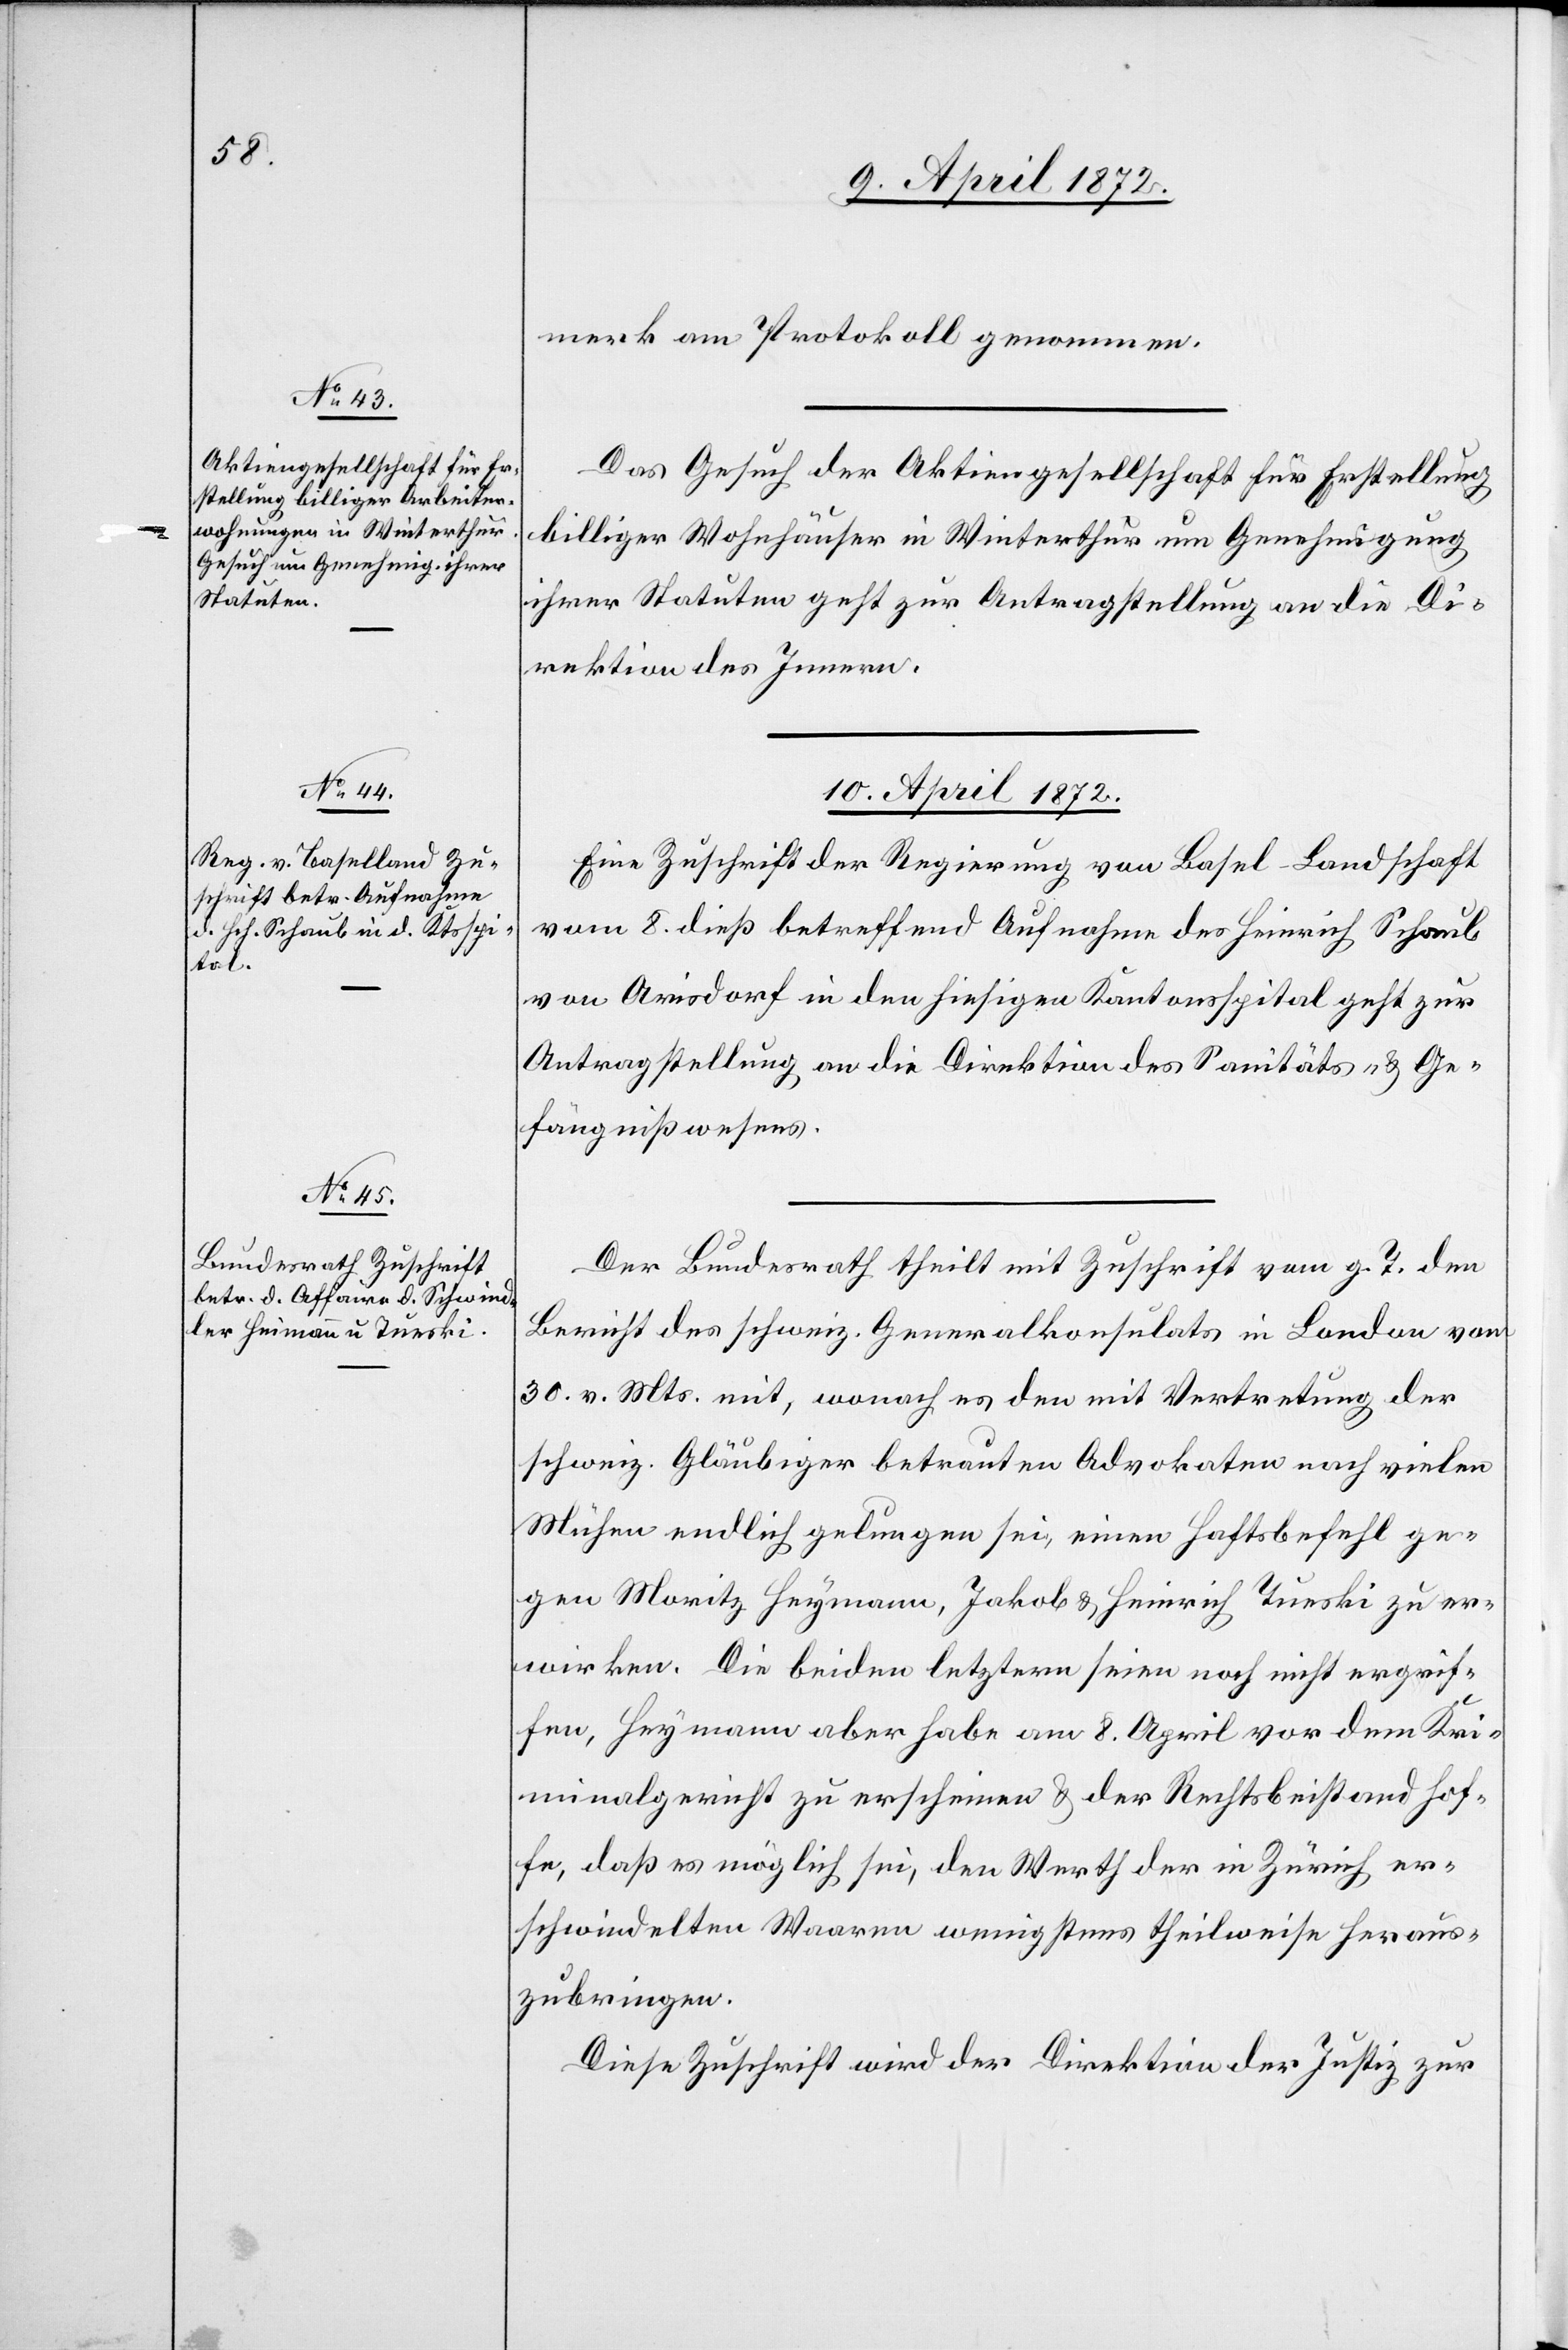
9. April 1872.]
merk am Protokoll genommen.
Das Gesuch der Aktiengesellschaft für Erstellung
billiger Wohnhäuser in Winterthur um Genehmigung
ihrer Statuten geht zur Antragstellung an die Di¬
rektion des Innern.
10. April 1872.]
Eine Zuschrift der Regierung von Basel-Landschaft
vom 8. dieß betreffend Aufnahme des Heinrich Schaub
von Arn’sdorf in den hiesigen Kantonsspital geht zur
Antragstellung an die Direktion des Sanitäts- u. Ge¬
fängnißwesens.
Der Bundesrath theilt mit Zuschrift vom g. T. den
Bericht des schweiz. Generalkonsulats in Landau vom
30. v. Mts. mit, wonach es den mit Vertretung der
schweiz. Gläubiger betrauten Advokaten nach vielen
Mühen endlich gelungen sei, einen Haftsbefehl ge¬
gen Moritz Heymann, Jakob u. Heinrich Tueski zu er¬
wirken. Die beiden letztern seien noch nicht ergrif¬
fen, Heymann aber habe am 8. April vor dem Kri¬
minalgericht zu erscheinen u. der Rechtsbeistand hof¬
fe, daß es möglich sei, den Werth der in Zürich er¬
schwindelten Waaren wenigstens theilweise heraus¬
zubringen.
Diese Zuschrift wird der Direktion der Justiz zur